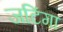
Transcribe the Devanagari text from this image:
जटिंगा